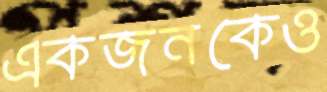
একজনকেও